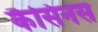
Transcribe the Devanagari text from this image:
कैसिनस